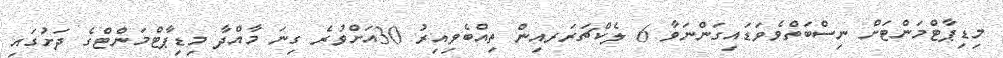
މިޑިޕާޓްމަންޓަށް ނިސްބަތްވެވަޑައިގަންނަވާ 6 ލެކްޗަރަރއިން ތިއްބެވިއިރު 30އަށްވުރެ ގިނަ މާއްދާ މިޑިޕާޓްމަންޓްގެ ދަށުގައި